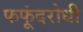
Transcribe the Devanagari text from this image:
फफूंदरोधी